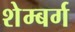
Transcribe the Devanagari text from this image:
शेम्बर्ग